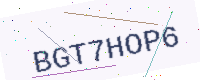
Text: BGT7HOP6